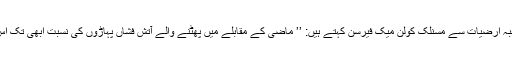
برطانیہ کی ڈرہم یونیورسٹی کے شعبہ ارضیات سے مسنلک کولن میک فیرسن کہتے ہیں: ’’ ماضی کے مقابلے میں پھٹنے والے آتش فشاں پہاڑوں کی نسبت ابھی تک اس آتش فشانی کی شدت مقابلتاً کم ہے۔